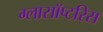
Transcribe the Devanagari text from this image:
ग्लासॉप्टरिस